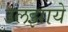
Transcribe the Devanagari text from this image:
उलझाये